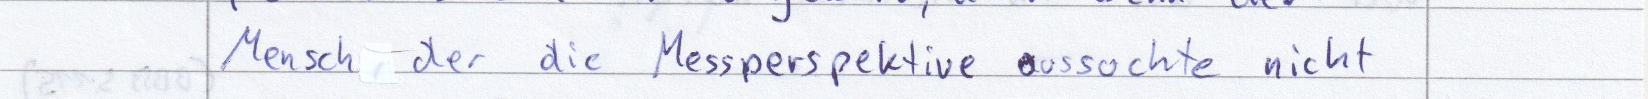
Mensch der die Messperspektive aussuchte nicht